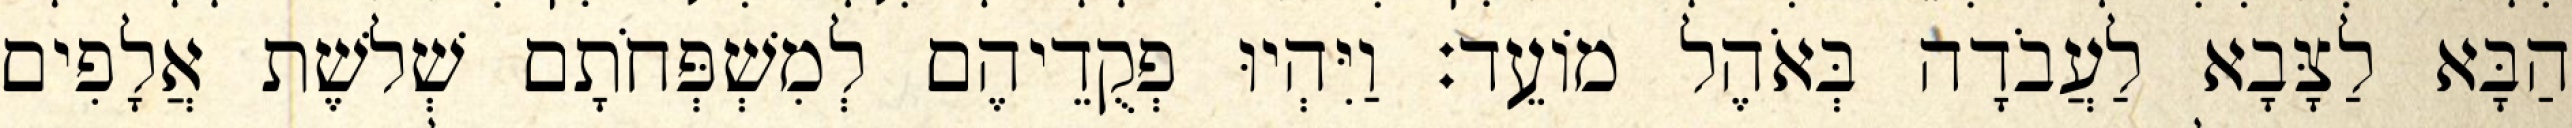
הַבָּא לַצָּבָא לַעֲבֹדָה בְּאֹהֶל מוֹעֵד׃ וַיִּהְיוּ פְקֻדֵיהֶם לְמִשְׁפְּחֹתָם שְׁלשֶׁת אֲלָפִים